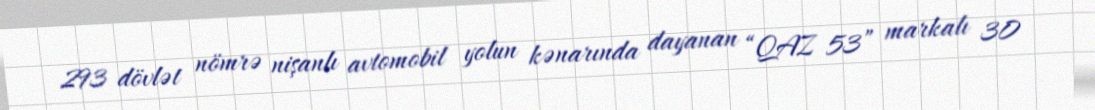
293 dövlət nömrə nişanlı avtomobil yolun kənarında dayanan “QAZ 53” markalı 30